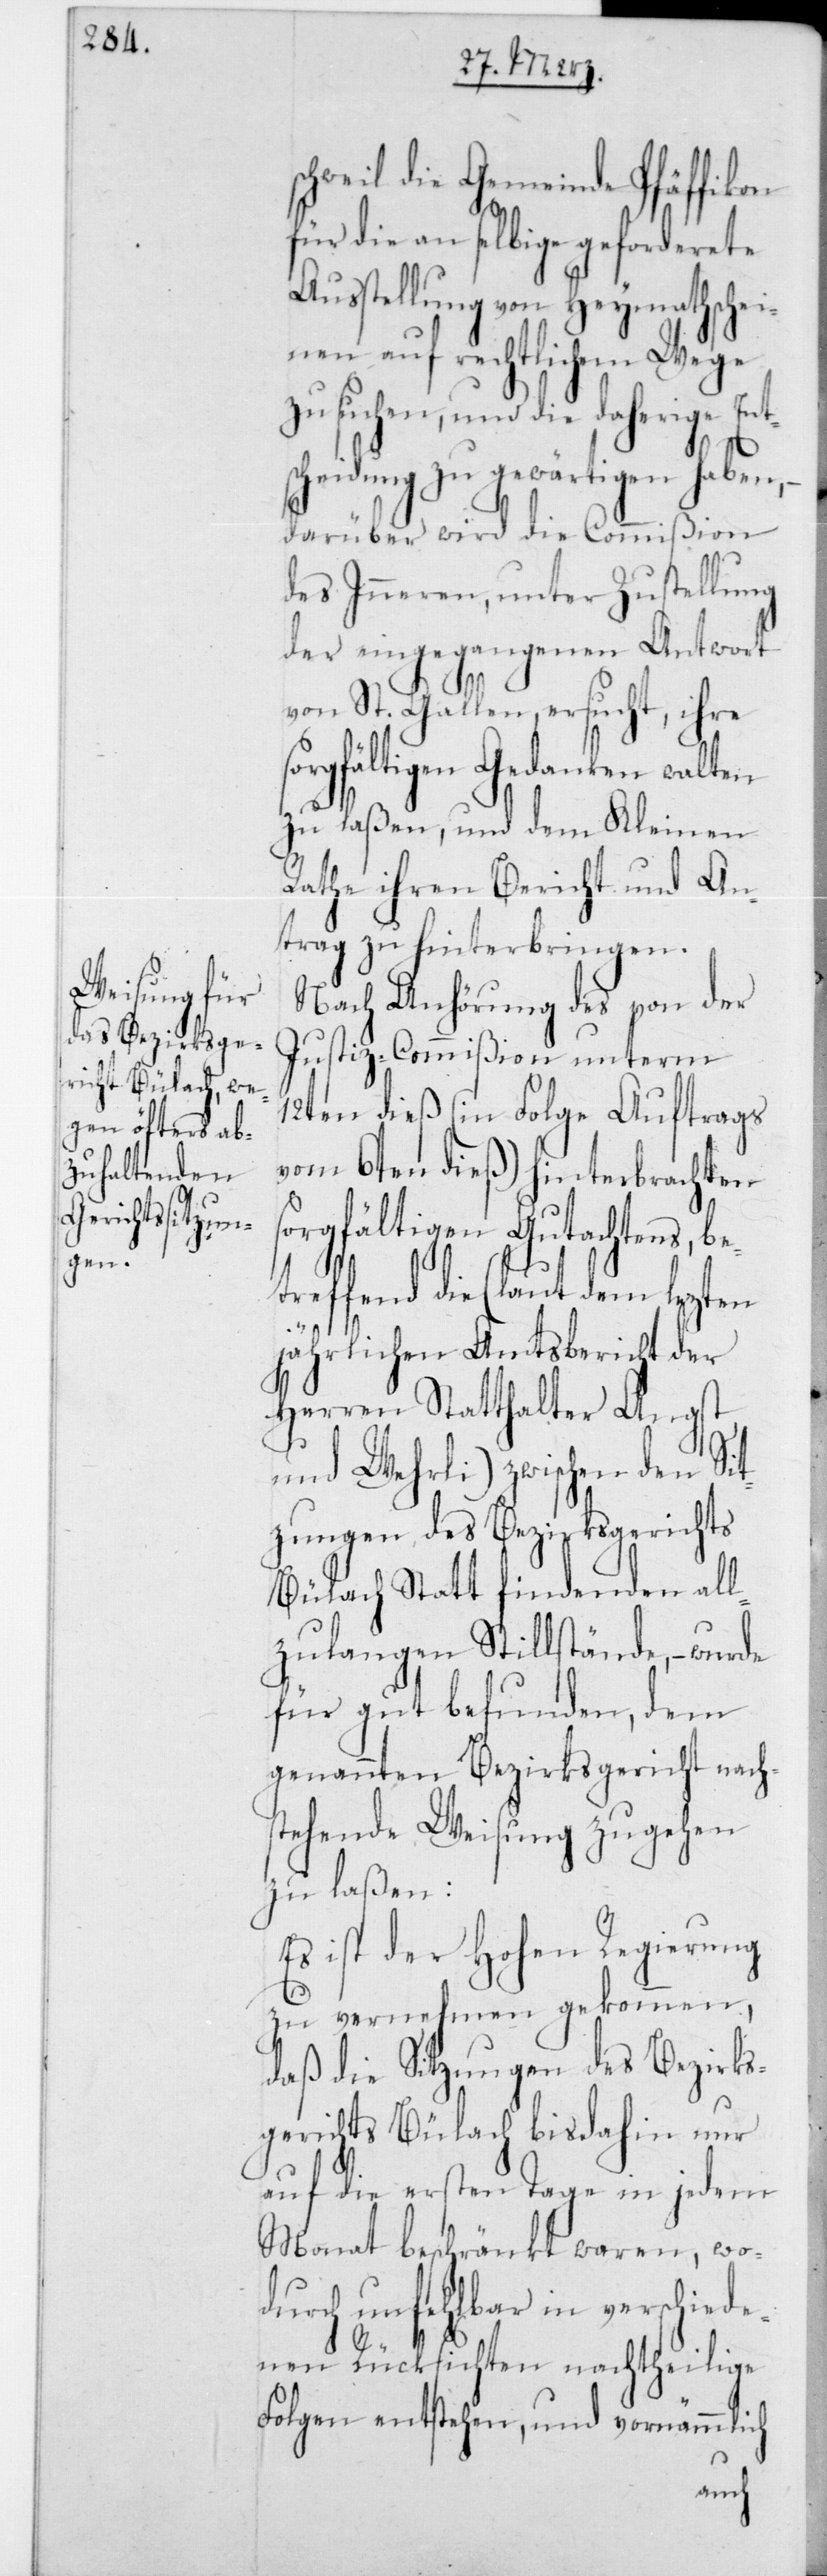
schweil die Gemeinde Pfäffikon
für die an selbige geforderete
Ausstellung von Heymathschei¬
nen auf rechtlichem Wege
zu suchen, und die daherige Ents¬
cheidung zu gewärtigen haben,
darüber wird die Commißion
des Innern, unter Zustellung
der eingegangenen Antwort
von St. Gallen ersucht, ihre s¬
orgfältigen Gedanken walten
zu laßen, und dem Kleinen
Rathe ihren Bericht und An¬
trag zu hinterbringen.
Nach Anhörung des von der
Justiz-Commißion unterm
12ten dieß (in Folge Auftrags
vom 6ten dieß) hinterbrachten
sorgfältigen Gutachtens, be¬
treffend die (laut dem lezten
jährlichen Amtsbericht der
Herren Statthalter Angst
und Wehrli) zwischen den Sit¬
zungen des Bezirksgerichts
Bülach stattfindenden all¬
zulangen Stillstände, – wurde
für gut befunden, dem
genannten Bezirksgericht nachs¬
tehende Weisung zugehen
zu laßen:
Es ist der Hohen Regierung
zu vernehmen gekommen,
daß die Sitzungen des Bezirks¬
gerichts Bülach bisdahin nur
auf die ersten Tage in jedem
Monat beschränkt waren, wo¬
durch unfehlbar in verschied¬
enen Rücksichten nachtheilige
Folgen entstehen, und vornämmlich